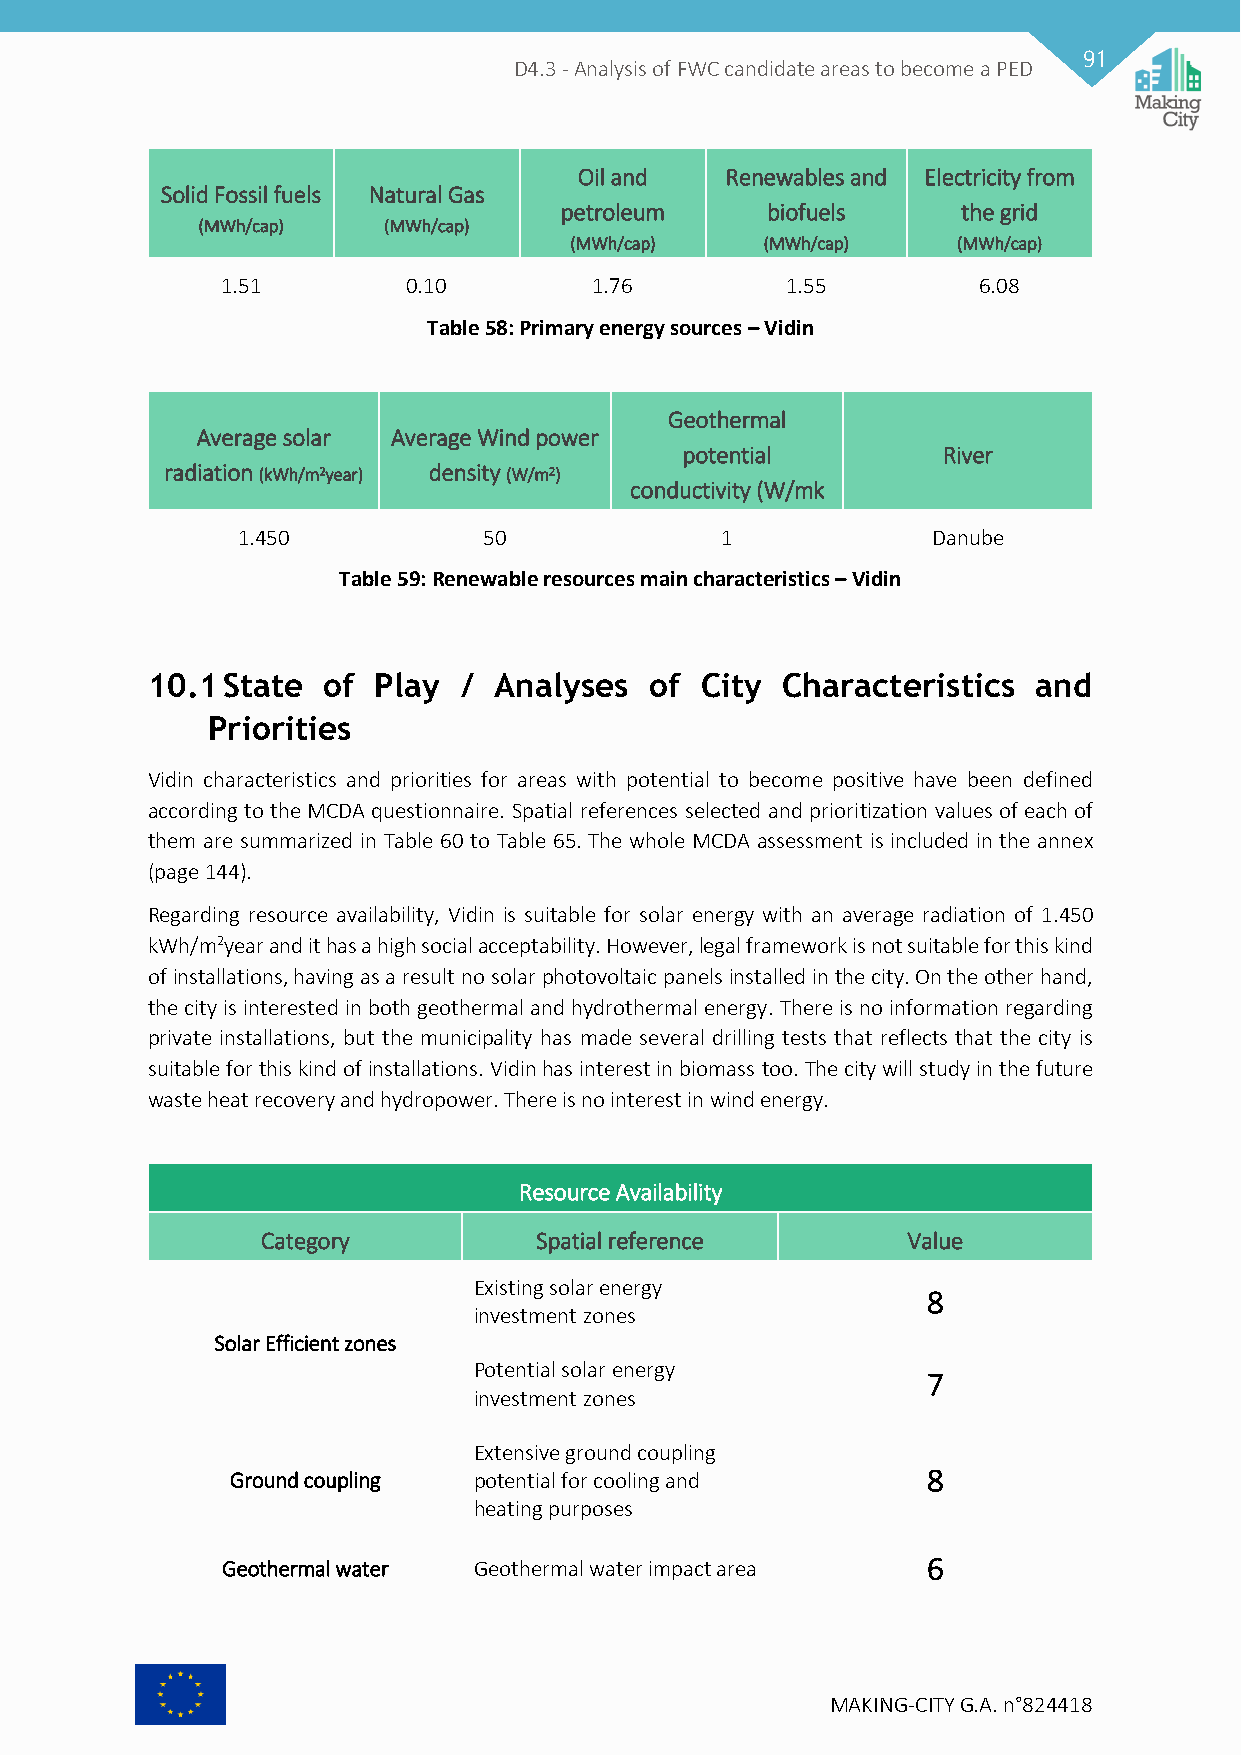
91
 D4.3 - Analysis of FWC candidate areas to become a PED
 Oil and   Renewables and Electricity from
 Solid Fossil fuels Natural Gas
 petroleum     biofuels     the grid
 (MWh/cap)   (MWh/cap)
 (MWh/cap)    (MWh/cap)   (MWh/cap)
 1.51        0.10        1.76         1.55         6.08
 Table 58: Primary energy sources – Vidin
 Geothermal
 Average solar Average Wind power
 potential        River
 radiation (kWh/m2year) density (W/m2)
 conductivity (W/mk
 1.450           50              1             Danube
 Table 59: Renewable resources main characteristics – Vidin
 10.1 State of  Play /  Analyses  of City  Characteristics  and
 Priorities
 Vidin characteristics and priorities for areas with potential to become positive have been defined
 according to the MCDA questionnaire. Spatial references selected and prioritization values of each of
 them are summarized in Table 60 to Table 65. The whole MCDA assessment is included in the annex
 (page 144).
 Regarding resource availability, Vidin is suitable for solar energy with an average radiation of 1.450
 kWh/m2year and it has a high social acceptability. However, legal framework is not suitable for this kind
 of installations, having as a result no solar photovoltaic panels installed in the city. On the other hand,
 the city is interested in both geothermal and hydrothermal energy. There is no information regarding
 private installations, but the municipality has made several drilling tests that reflects that the city is
 suitable for this kind of installations. Vidin has interest in biomass too. The city will study in the future
 waste heat recovery and hydropower. There is no interest in wind energy.
 Resource Availability
 Category          Spatial reference        Value
 Existing solar energy
 8
 investment zones
 Solar Efficient zones
 Potential solar energy
 7
 investment zones
 Extensive ground coupling
 Ground coupling potential for cooling and     8
 heating purposes
 Geothermal water Geothermal water impact area 6
 MAKING-CITY G.A. n°824418